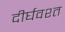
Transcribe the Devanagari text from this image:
दीर्घवश्त